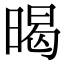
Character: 暍